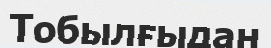
Тобылғыдан